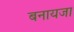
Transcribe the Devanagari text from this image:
बनायजा